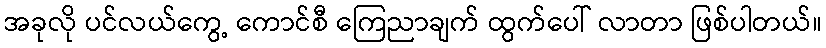
အခုလို ပင်လယ်ကွေ့ ကောင်စီ ကြေညာချက် ထွက်ပေါ် လာတာ ဖြစ်ပါတယ်။